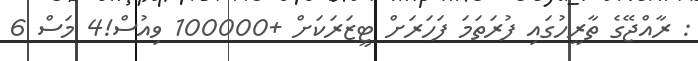
: ރާއްޖޭގެ ތާރީހުގައި ފުރަތަމަ ފަހަރަށް ޓީޒަރަކަށް +100000 ވިއުސް!4 މަސް 6